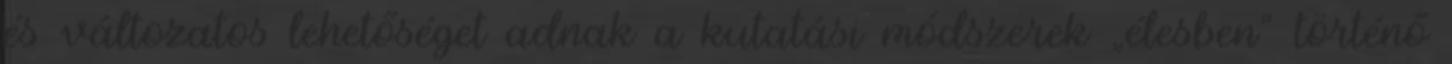
és változatos lehetőséget adnak a kutatási módszerek „élesben" történő